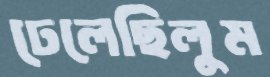
ঢেলেছিলুম